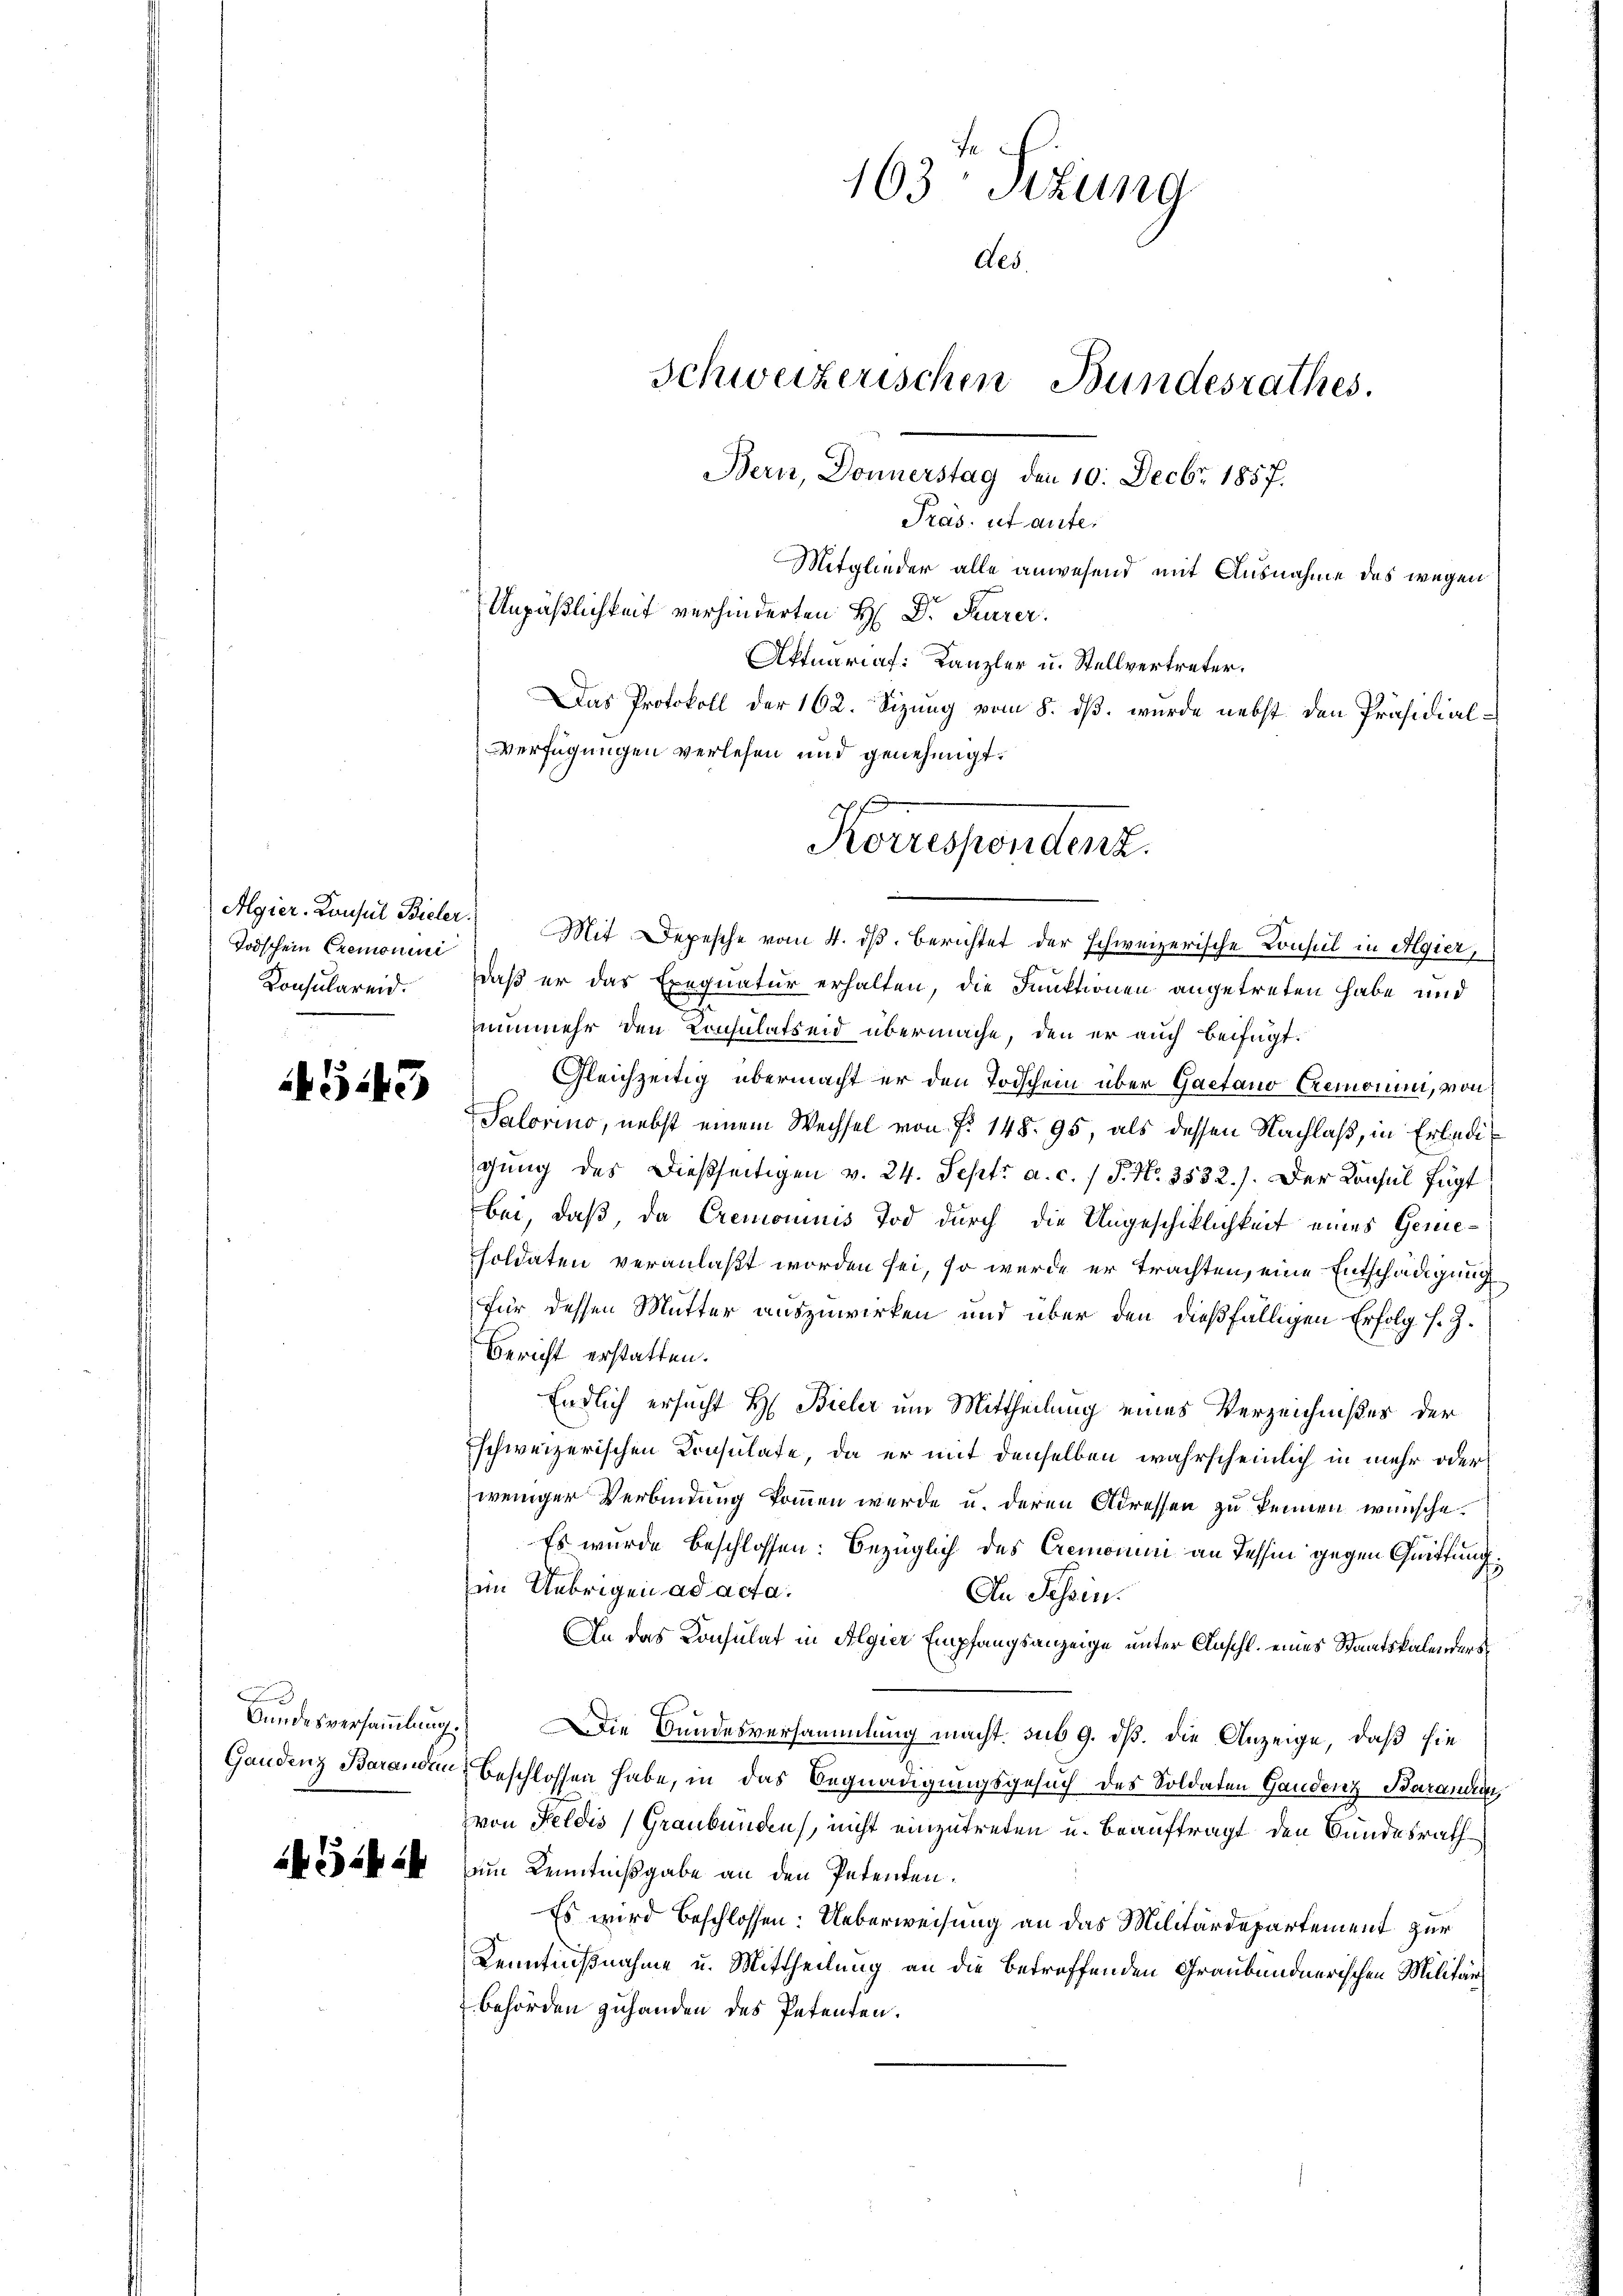
Todschein Cremonii
Konsulareid.

543

F

163 Sizung
Aes.
Schweizerischen Bundesrathes.
Bern, Donnerstag den 10. Decbr. 1857.
Präs. ist aute.
Mitglieder alle anwesend mit Ausnahme das wegen
Unpäßlichkeit verhinderten H: Dr. Kurer.
Aktuariaf: Kanzler u. Stellvertreter.
Das Protokoll der 162. Sizung vom 8. dβ. wurde nebst den Präsidial-
Verfügungen verlesen und genehmigt.

Algier. Consul Bieler.) Mit Depesche vom 4. dβ. Berichtet der schweizerische Konsul in Algier,
daß er das Exequatur erhalten, die Funktionen angetreten habe und
nunmehr den Konsulatseid übermache, den er auch beifügt:
Gleichzeitig übermacht er den Todschein über Gaetano Gremonin, von
Salovino, nebst einem Wechsel von §. 148. 95, als dessen Nachlaß, in Erledigung des dießseitigen v. 24. Sept. a. c. / P. Nr. 3532.). Der Konsul fügt
bei, daß, da Cremominis Tod durch die Ungeschiklichkeit eines Genesoldaten veranlaßt worden sei, so wurde er trachten, eine Entschädigung
für dessen Mutter auszuwirken und über den dießfälligen Erfolg s. Z.
Bericht erstatten.
Endlich ersucht H: Bieler um Mittheilung eines Verzeichnißes der
Eschweizerischen Konsulate, da er mit denselben wahrscheinlich in mehr oder
weniger Verbindung kommen werde u. deren Adressen zu kennen wünsche.
Es wurde beschlossen: bezüglich des Cremonii an Tessin gegen Quittung
im Uebrigen ad acta.
An Tessin.
An das Konsulat in Algier Empfangsanzeige unter Anschl. eines Staatskalenders¬
Bundesversammlung.) Die Bundesversammlung macht. sub 9. dß. die Anzeige, daß sie
Gandenz Baranden Beschlossen habe, in das Begnadigungsgesuch des Soldaten Gandenz Baranden,
von Feldis Graubünden, nicht einzutreten u. beauftragt, den Bundesrath
m Kenntnißgabe an den Petenten.
Es wird beschlossen: Ueberweisung an das Militärdepartement zur
Kenntnißnahme u. Mittheilung an die betreffenden Graubündnerischen Militärbehörden zuhanden des Petenten.

Korrespondenz.